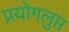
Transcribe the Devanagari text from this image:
प्रयोगलुप्त